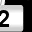
Digit: 2